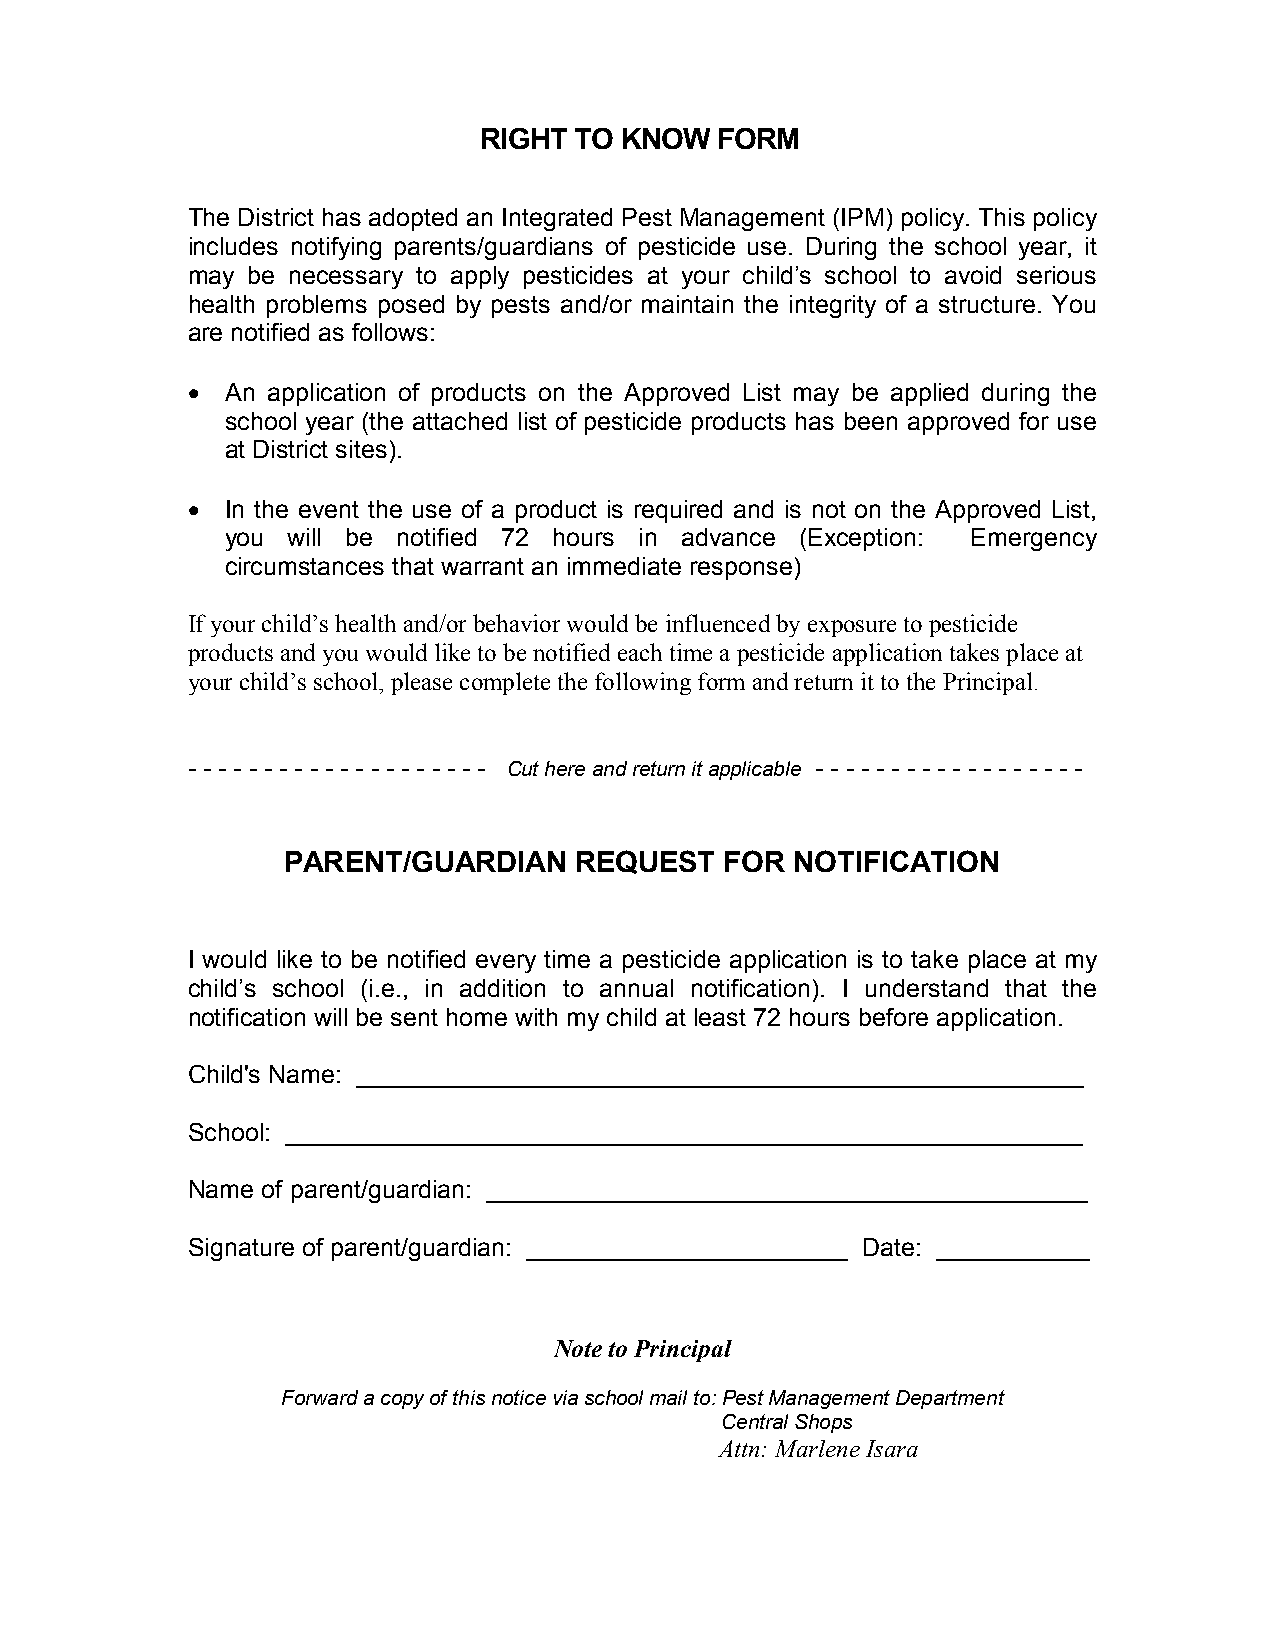
RIGHT TO KNOW  FORM
 The District has adopted an Integrated Pest Management (IPM) policy. This policy
 includes notifying parents/guardians of pesticide use. During the school year, it
 may be necessary to apply pesticides at your child’s school to avoid serious
 health problems posed by pests and/or maintain the integrity of a structure. You
 are notified as follows:
 •  An application of products on the Approved List may be applied during the
 school year (the attached list of pesticide products has been approved for use
 at District sites).
 •  In the event the use of a product is required and is not on the Approved List,
 you will be notified 72 hours in advance (Exception: Emergency
 circumstances that warrant an immediate response)
 If your child’s health and/or behavior would be influenced by exposure to pesticide
 products and you would like to be notified each time a pesticide application takes place at
 your child’s school, please complete the following form and return it to the Principal.
 - - - - - - - - - - - - - - - - - - - - Cut here and return it applicable - - - - - - - - - - - - - - - - - -
 PARENT/GUARDIAN    REQUEST   FOR  NOTIFICATION
 I would like to be notified every time a pesticide application is to take place at my
 child’s school (i.e., in addition to annual notification). I understand that the
 notification will be sent home with my child at least 72 hours before application.
 Child's Name: ____________________________________________________
 School: _________________________________________________________
 Name of parent/guardian: ___________________________________________
 Signature of parent/guardian: _______________________ Date: ___________
 Note to Principal
 Forward a copy of this notice via school mail to: Pest Management Department
 Central Shops
 Attn: Marlene Isara